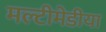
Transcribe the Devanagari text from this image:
मल्टीमेडीया